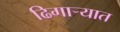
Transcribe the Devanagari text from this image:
ढिगाऱ्यात